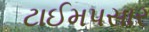
ટાઈમપસાર